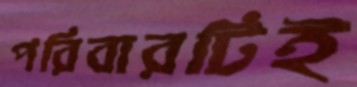
পরিবারটিই